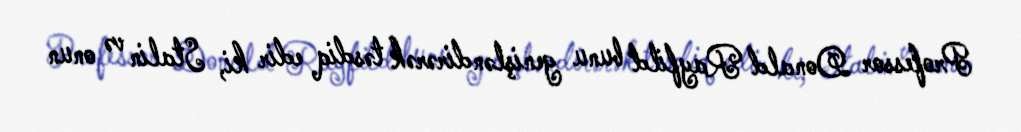
Professor Donald Rayfild bunu genişləndirərək təsdiq edir ki, Stalin və onun